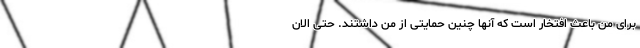
برای من باعث افتخار است که آنها چنین حمایتی از من داشتند. حتی الان